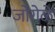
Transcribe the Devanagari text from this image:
जोगेळे